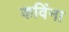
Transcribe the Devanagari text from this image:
कविंना